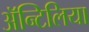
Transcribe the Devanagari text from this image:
अॅन्टिलिया